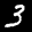
Label: 3